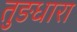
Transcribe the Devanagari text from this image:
तुङधारा